Scottish Certificate of Education, 1963
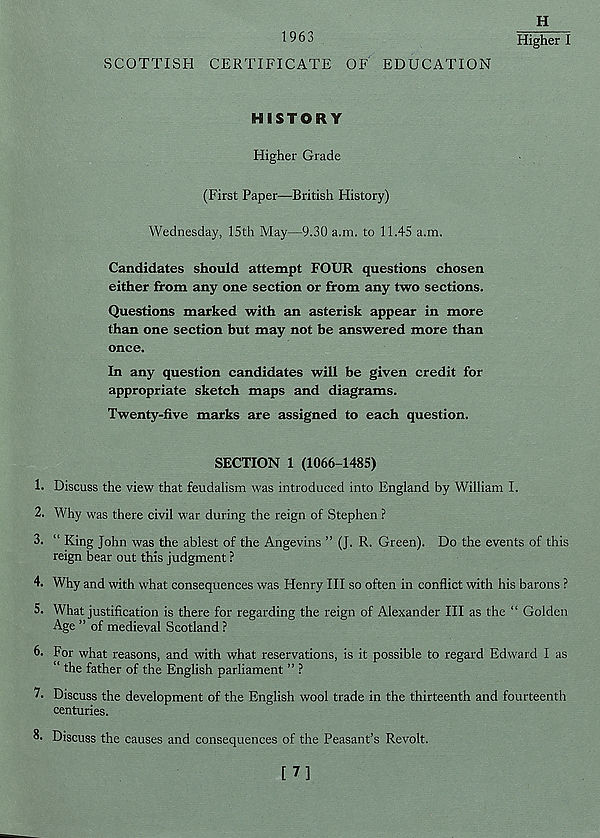
H
1963
Higher I
SCOTTISH CERTIFICATE OF EDUCATION
HISTORY
Higher Grade
(First Paper—-British History)
Wednesday, 15th May—9.30 a.m. to 11.45 a.m.
Candidates should attempt FOUR questions chosen
either from any one section or from any two sections.
Questions marked with an asterisk appear in more
than one section but may not be answered more than
once.
In any question candidates will be given credit for
appropriate sketch maps and diagrams.
Twenty-five marks are assigned to each question.
SECTION 1 (1066-1485)
1. Discuss the view that feudalism was introduced into England by William I.
2. Why was there civil war during the reign of Stephen ?
3. “ King John was the ablest of the Angevins ” (J. R. Green). Do the events of this
reign bear out this judgment ?
1. Why and with what consequences was Henry III so often in conflict with his barons ?
5. What justification is there for regarding the reign of Alexander III as the “ Golden
Age ” of medieval Scotland ?
6. For what reasons, and with what reservations, is it possible to regard Edward I as
“ the father of the English parliament ” ?
centuries.
8- Discuss tl
7. Discuss the development of the English wool trade in the thirteenth and fourteenth
Discuss the causes and consequences of the Peasant’s Revolt.
[7]